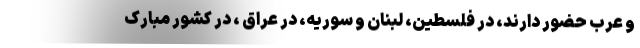
و عرب حضور دارند، در فلسطین، لبنان و سوریه، در عراق ، در کشور مبارک